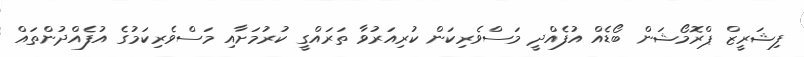
ފިޝަރީޒް ޕްރޮމޯޝަން ބޯޑެއް އުފެއްދީ މަސްވެރިކަން ކުރިއަރުވާ ތަރައްގީ ކުރުމަށާއި މަސްވެރިކަމުގެ އުފެއްދުންތައް